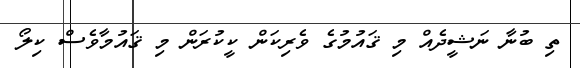
ތި ބުނާ ނަޝީދެއް މި ޤައުމުގެ ވެރިކަން ކީކުރަން މި ޤައުމާވެސް ކިލޯ